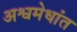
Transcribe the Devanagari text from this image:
अश्वमेधांत